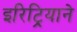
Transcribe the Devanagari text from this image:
इरिट्रियाने